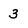
Character: 3